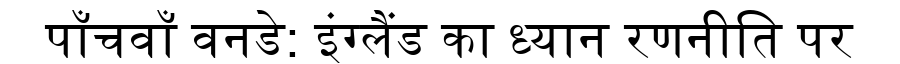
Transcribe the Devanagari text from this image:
पाँचवाँ वनडे: इंग्लैंड का ध्यान रणनीति पर